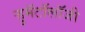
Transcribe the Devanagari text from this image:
ऱ्हुमॅटॉलॉजी